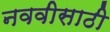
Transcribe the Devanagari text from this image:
नववीसाठी